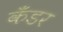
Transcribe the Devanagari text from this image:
कँडर